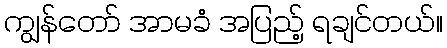
ကျွန်တော် အာမခံ အပြည့် ရချင်တယ်။